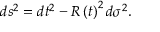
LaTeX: d s ^ { 2 } = d t ^ { 2 } - R \left( t \right) ^ { 2 } d \sigma ^ { 2 } .